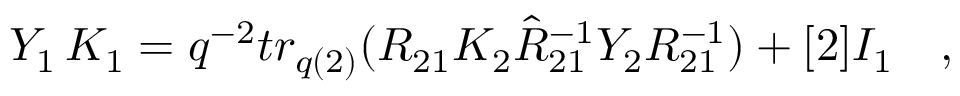
Y _ { 1 } \, K _ { 1 } = q ^ { - 2 } t r _ { q ( 2 ) } ( R _ { 2 1 } K _ { 2 } \hat { R } _ { 2 1 } ^ { - 1 } Y _ { 2 } R _ { 2 1 } ^ { - 1 } ) + [ 2 ] I _ { 1 } \quad ,